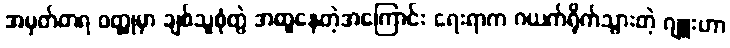
အမှတ်တရ ဝတ္ထုမှာ ချစ်သူစုံတွဲ အတူနေတဲ့အကြောင်း ရေးရာက ဂယက်ရိုက်သွားတဲ့ ဂျူးဟာ